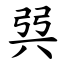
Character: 㢲